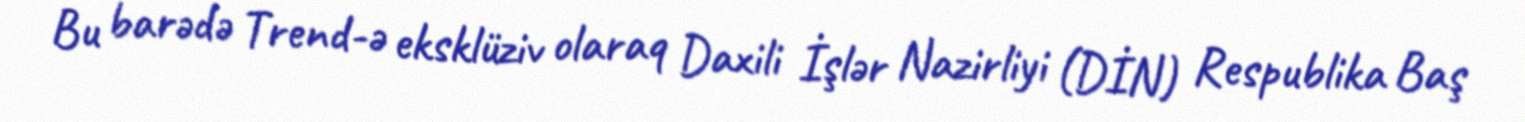
Bu barədə Trend-ə eksklüziv olaraq Daxili İşlər Nazirliyi (DİN) Respublika Baş